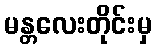
မန္တလေးတိုင်းမှ